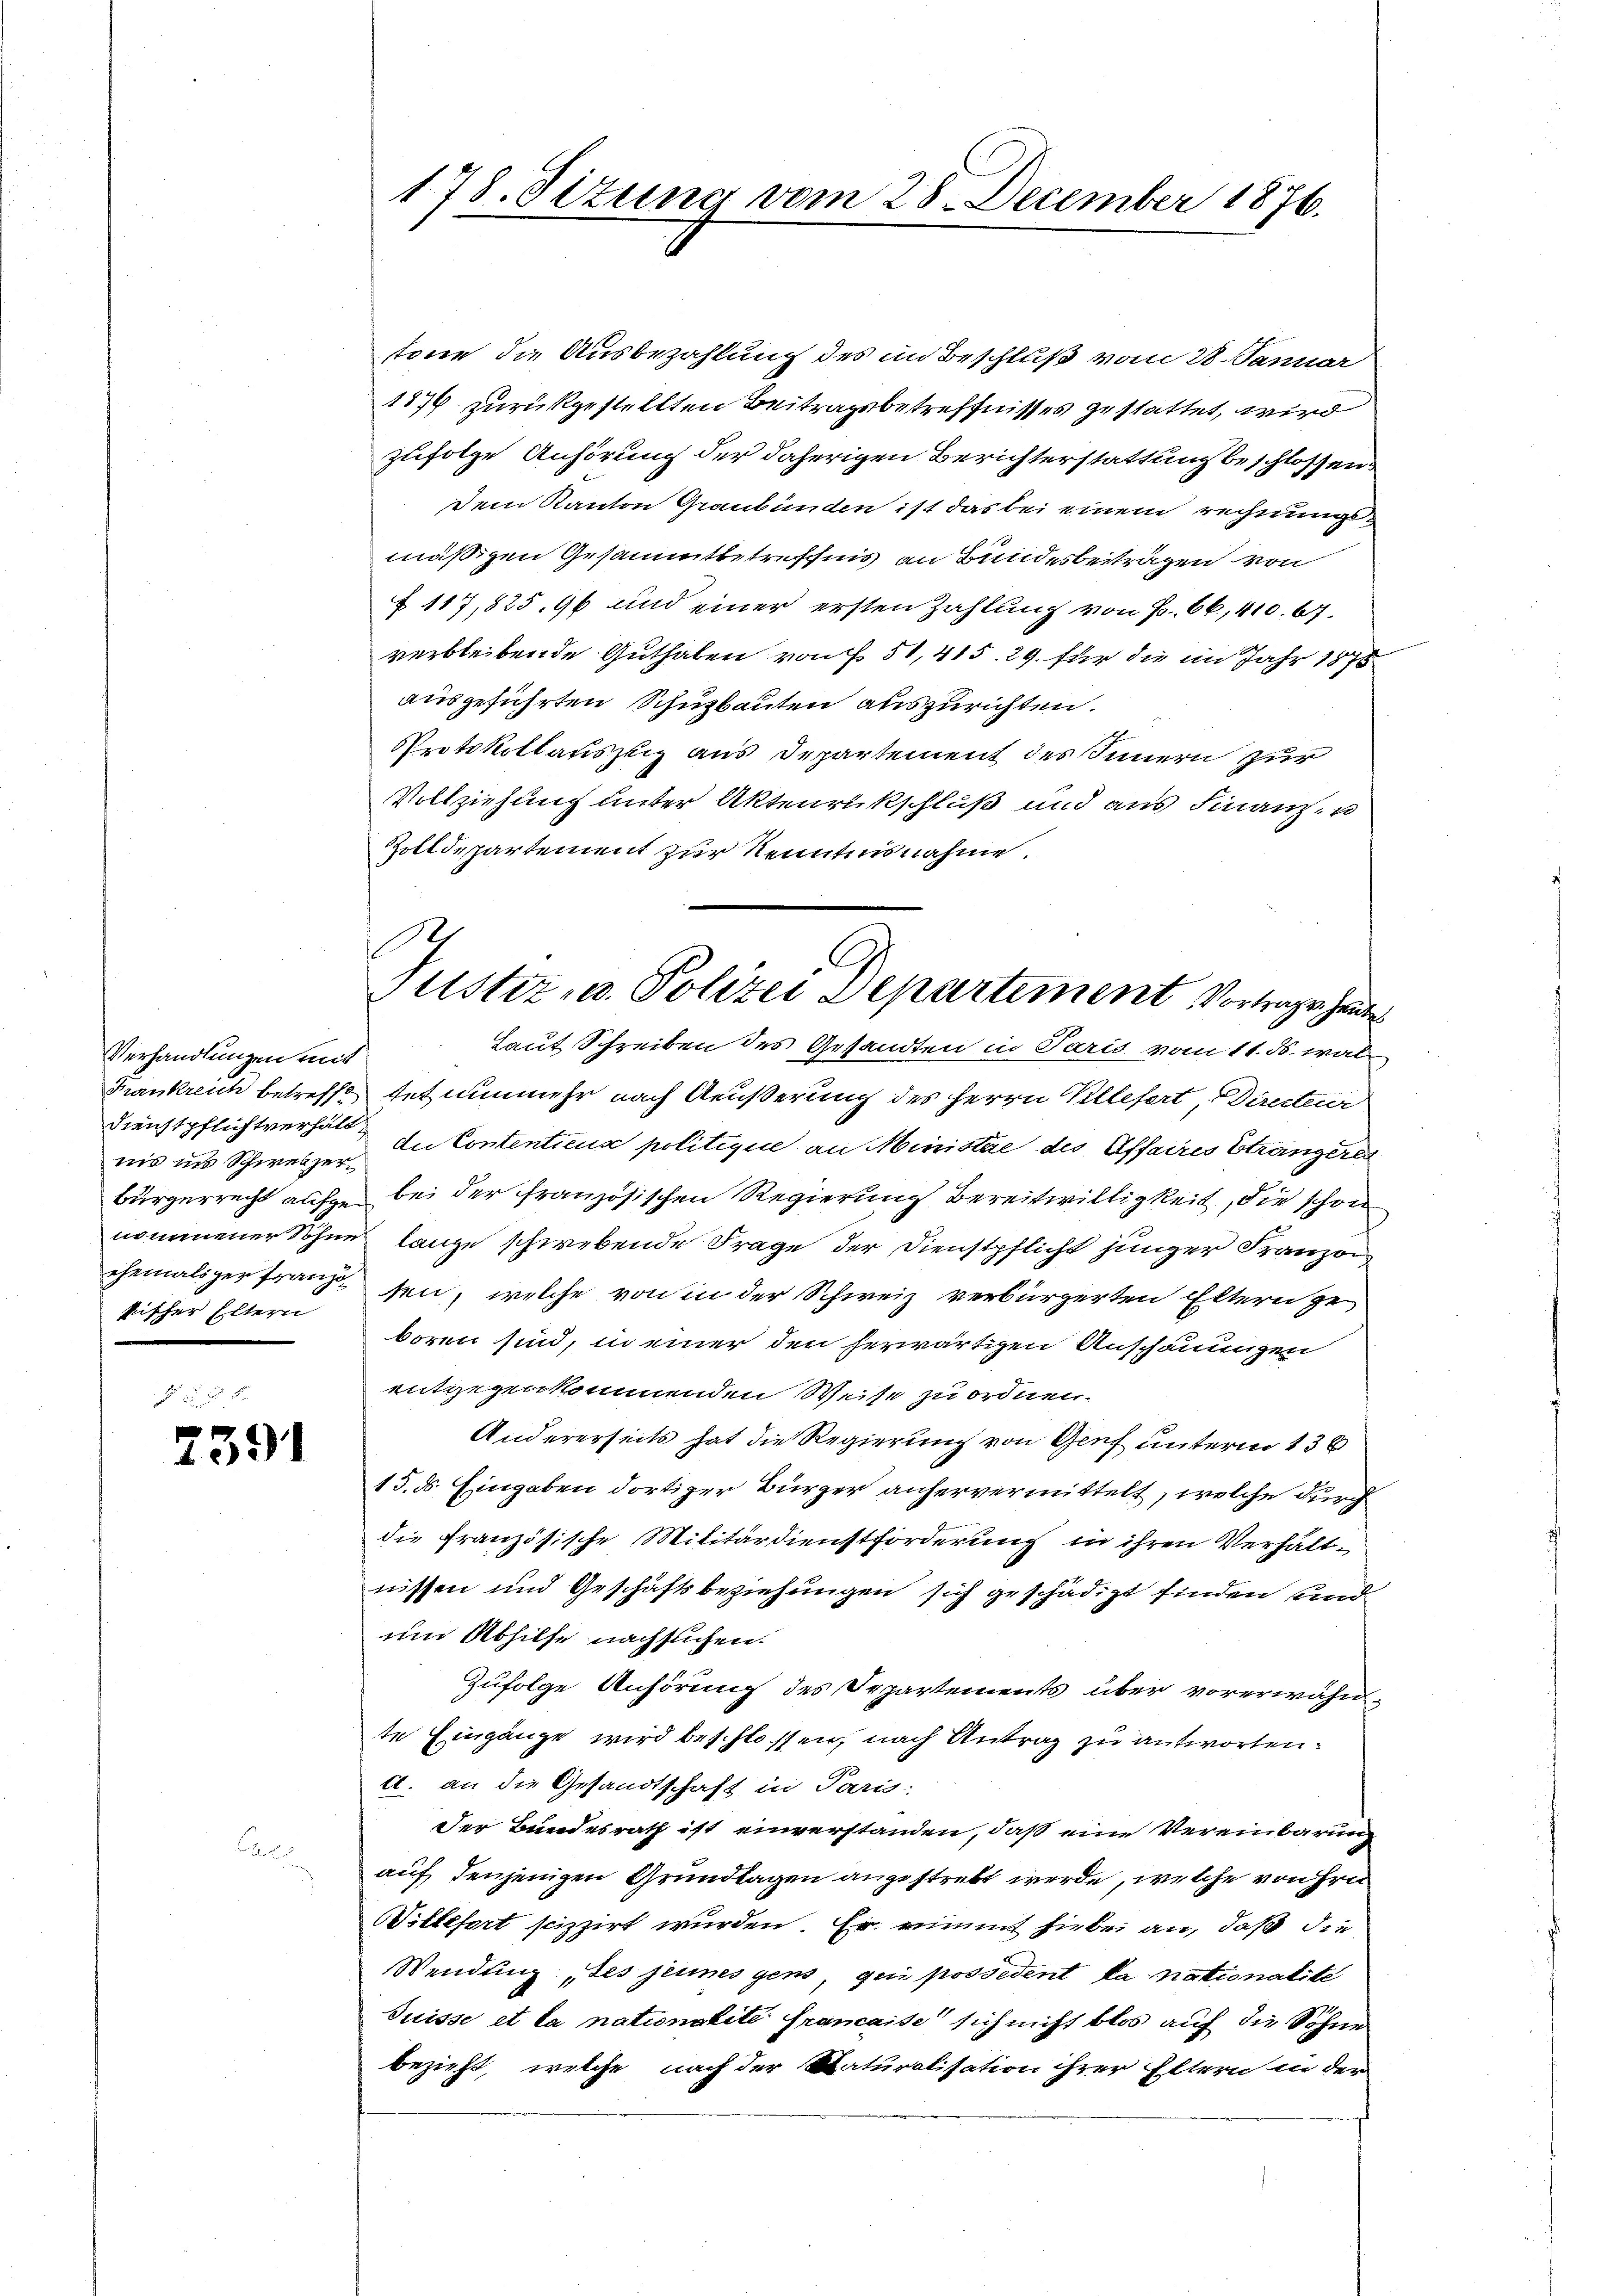
Verhandlungen mit
nis ins Schweizer
sischer Eltern

7391

178. Sizung vom 28. December 1876.

tone die Ausbezahlung des in Beschluß vom 28. Januar
1176 zurückgestellten Beitragsbetreffnisses gestattet, wird
zufolge Anhörung der daherigen Berichterstattung beschlossen.
Dem Kanton Graubünden ist das bei einem rechnungsmäßigen Gesammtbetreffnis an Bundesbeiträgen von
§ 117,825, 96 und einer ersten Zahlung von B. 66, 410. 67.
verbleibende Guthaben von § 51, 415. 29. für die im Jahr 1878
ausgeführten Schuzbauten auszurichten.
Protokollauszug aus Departement des Innern zur
Vollziehung unter Aktenrückschluß und aus Finanz, u
Zolldepartement zur Kenntnisnahme.
s

Justiz- u. Polizei Departement Vortrage heute
Laut Schreiben des Gesandten in Paris vom 11. ds. wal

Frankreich betreffe hat nunmehr nach Aeußerung des Herrn Kllefert, Directuir
Dienstpflichtverhält. In Contentiens politique an Ministe des Affaires Strängere
bürgerrecht aufge bei der französischen Regierung Bereitwilligkeit, die schon
nommener Sohne lange schwebende Frage der Dienstpflicht junger Franzon
ehemals zerfranz sein, welche von in der Schweiz verbürgerten Eltern zu
boren sind, in einer den herwärtigen Anschauungen
entgegenkommenden Weise zu ordnen.
Andererseits hat die Regierung von Genf unterm 13t
15. ds. Eingaben dortiger Bürger anhervermittelt, welche durch
die französische Militärdienstforderung in ihren Verhältnissen und Geschäftsbeziehungen sich geschädigt finden und
um Abhilfe nachsuchen.
Zufolge Anhörung des Separtements über vorerwähnte Eingänge wird beschlossen, nach Antrag zu antworten.
d. an die Gesandtschaft in Paris
Der Bundesrath ist einverstanden, daß eine Vereinbarung
auf denjenigen Grundlagen angestrebt werde, welche von Hrn.
Witbefort scizzirt wurden. Er nimmt hiebei an, daß die
Wendung des jeunes gens, qui possedent la nationalite
Suisse et la nationskite Francaise sich nicht blos auf die Söhne
bezieht, welche nach der Naturalisation ihrer Eltern in der